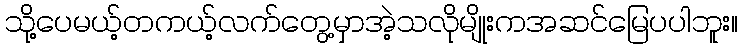
သို့ပေမယ့်တကယ့်လက်တွေ့မှာအဲ့သလိုမျိုးကအဆင်မြေပပါဘူး။